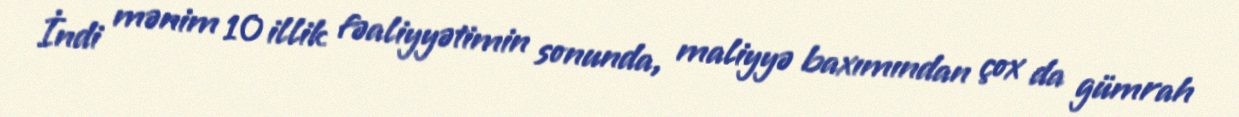
İndi mənim 10 illik fəaliyyətimin sonunda, maliyyə baxımından çox da gümrah